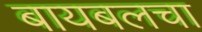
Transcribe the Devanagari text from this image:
बायबलचा